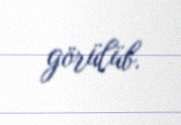
görülüb.